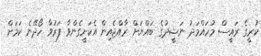
ކުރީގެ ރައީސް މުހައްމަދު ނަޝީދުގެ ބައްޔަށް ރާއްޖެއިން އެކަށީގެންވާ ފަރުވާ ހޯދޭނެ ކަމަށް